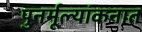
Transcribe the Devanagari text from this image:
पुनर्मूल्यांकनात